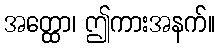
အတ္ထော၊ ဤကားအနက်။